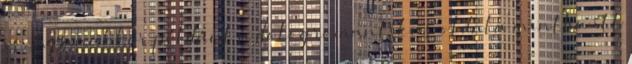
is, ugyanakkor például a dolog romantikus oldala mintha itt